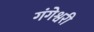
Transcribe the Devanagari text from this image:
गंगेश्वरी